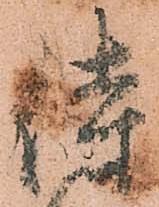
侍